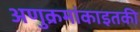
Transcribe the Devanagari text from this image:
अणुक्रमांकाइतकी